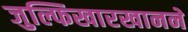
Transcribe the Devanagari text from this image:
जुल्फिखारखानने